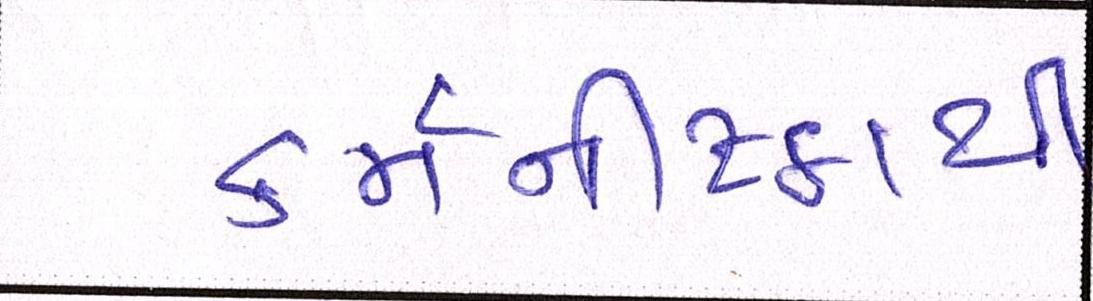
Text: કર્મનીષ્ઠાથી